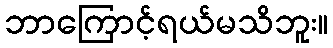
ဘာကြောင့်ရယ်မသိဘူး။